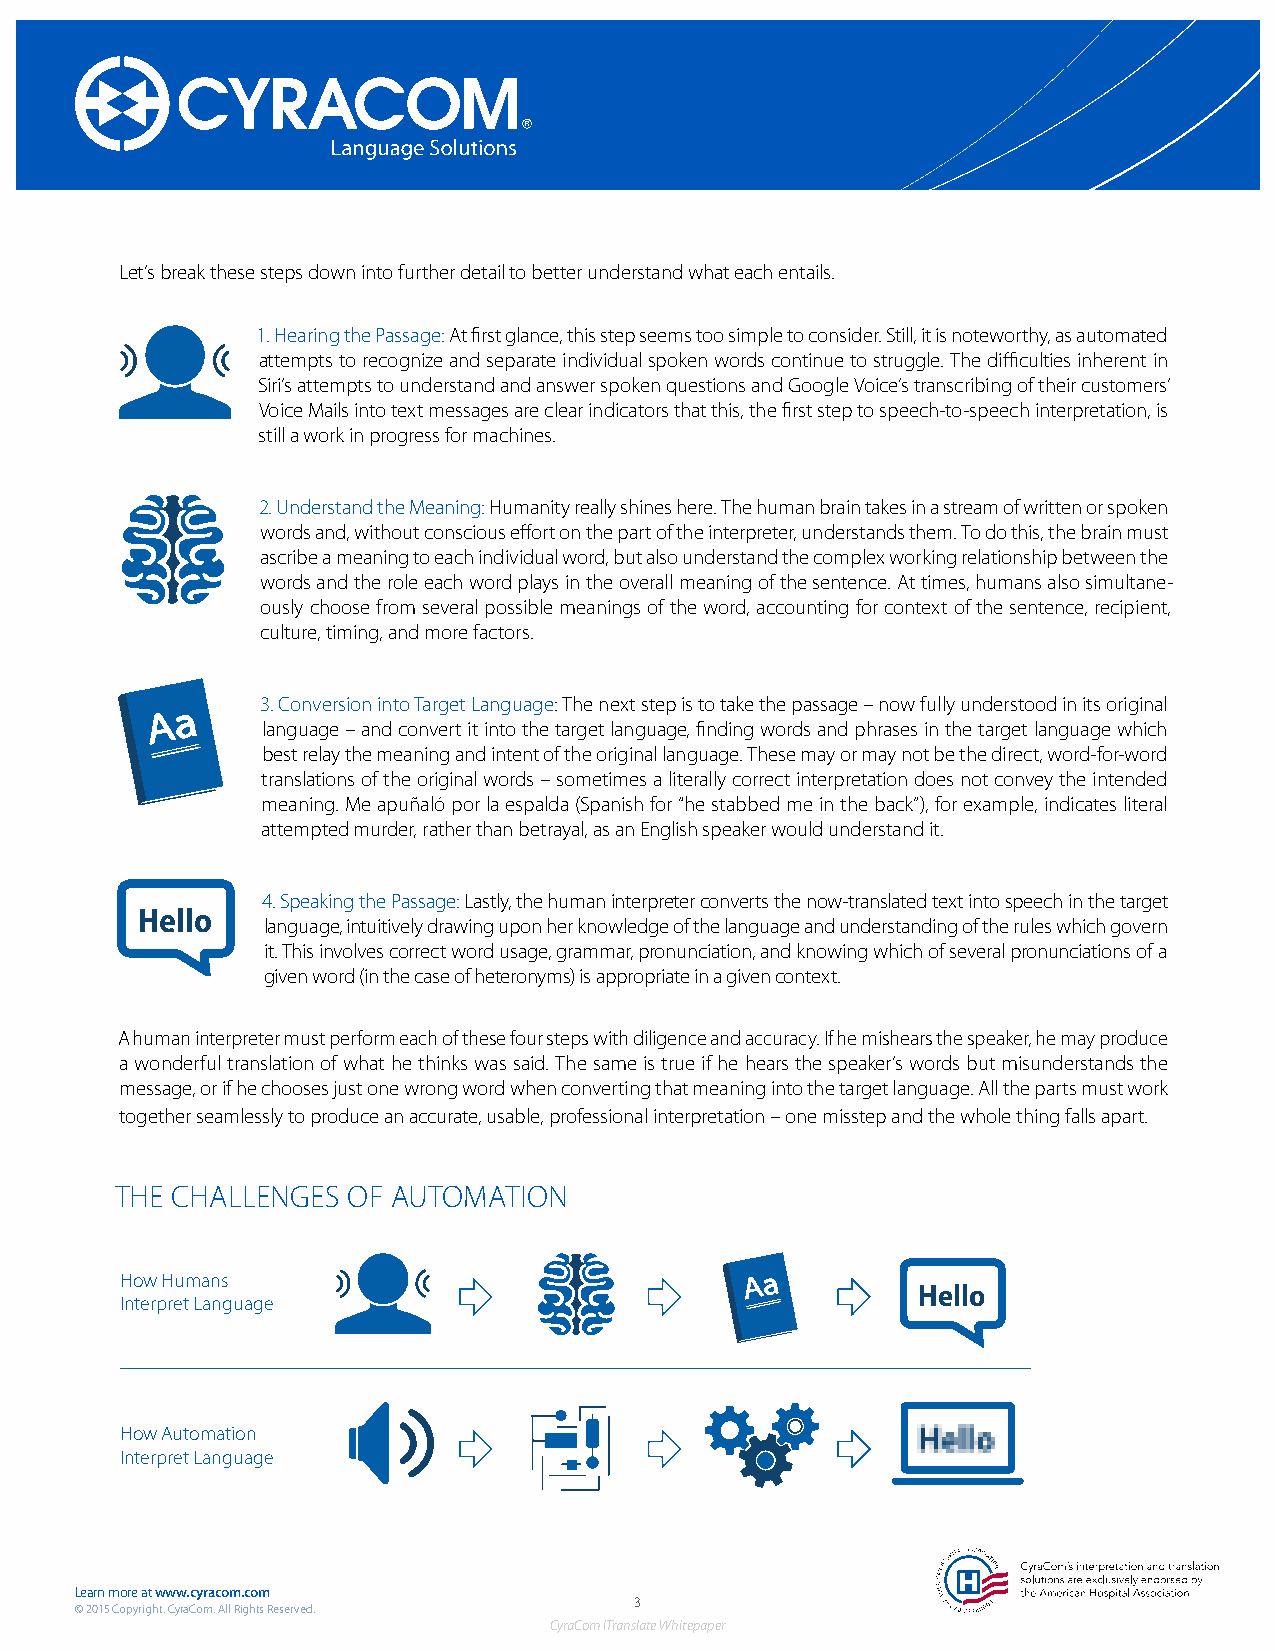
Let’s break these steps down into further detail to better understand what each entails.
 1. Hearing the Passage: At first glance, this step seems too simple to consider. Still, it is noteworthy, as automated
 attempts to recognize and separate individual spoken words continue to struggle. The difficulties inherent in
 Siri’s attempts to understand and answer spoken questions and Google Voice’s transcribing of their customers’
 Voice Mails into text messages are clear indicators that this, the first step to speech-to-speech interpretation, is
 still a work in progress for machines.
 2. Understand the Meaning: Humanity really shines here. The human brain takes in a stream of written or spoken
 words and, without conscious effort on the part of the interpreter, understands them. To do this, the brain must
 ascribe a meaning to each individual word, but also understand the complex working relationship between the
 words and the role each word plays in the overall meaning of the sentence. At times, humans also simultane-
 ously choose from several possible meanings of the word, accounting for context of the sentence, recipient,
 culture, timing, and more factors.
 3.Conversion into Target Language: The next step is to take the passage – now fully understood in its original
 language – and convert it into the target language, finding words and phrases in the target language which
 best relay the meaning and intent of the original language. These may or may not be the direct, word-for-word
 translations of the original words – sometimes a literally correct interpretation does not convey the intended
 meaning. Me apuñaló por la espalda (Spanish for “he stabbed me in the back”), for example, indicates literal
 attempted murder, rather than betrayal, as an English speaker would understand it.
 4.Speaking the Passage: Lastly, the human interpreter converts the now-translated text into speech in the target
 Hello
 language, intuitively drawing upon her knowledge of the language and understanding of the rules which govern
 it. This involves correct word usage, grammar, pronunciation, and knowing which of several pronunciations of a
 given word (in the case of heteronyms) is appropriate in a given context.
 A human interpreter must perform each of these four steps with diligence and accuracy. If he mishears the speaker, he may produce
 a wonderful translation of what he thinks was said. The same is true if he hears the speaker’s words but misunderstands the
 message, or if he chooses just one wrong word when converting that meaning into the target language. All the parts must work
 together seamlessly to produce an accurate, usable, professional interpretation – one misstep and the whole thing falls apart.
 THE CHALLENGES OF AUTOMATION
 How Humans
 Hello
 Interpret Language
 How Automation
 Interpret Language
 Learn more at www.cyracom.com
 3
 © 2015 Copyright. CyraCom. All Rights Reserved.
 CyraCom iTranslate Whitepaper